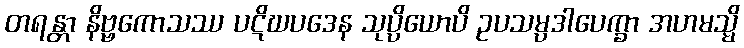
တရန္တာ နိဗ္ဗကောသဿ ပဋိဃပဒေန သုပ္ပိယောပိ ဥပသမ္ပဒါပေက္ခာ အဟမသ္မိ